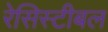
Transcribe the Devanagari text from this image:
रेसिस्टीबल